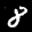
Label: 8